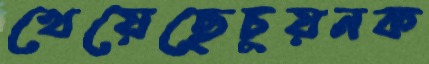
খেয়েছেচুয়নক